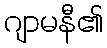
ဂျာမနီ၏